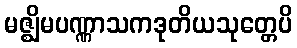
မဇ္ဈိမပဏ္ဏာသကဒုတိယသုတ္တေပိ